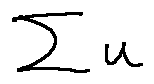
\sum u